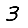
Digit: 3